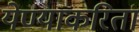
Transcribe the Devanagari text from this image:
येण्याकरिता